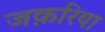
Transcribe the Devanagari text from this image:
जक़रिया